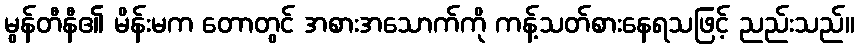
မွန်တီနီ၏ မိန်းမက တောတွင် အစားအသောက်ကို ကန့်သတ်စားနေရသဖြင့် ညည်းသည်။